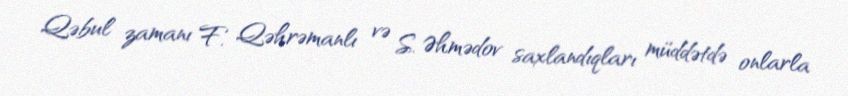
Qəbul zamanı F. Qəhrəmanlı və S. Əhmədov saxlandıqları müddətdə onlarla